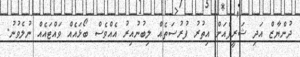
ދުންޔާޒް އަދި ޝަރީފްއަށް އިތުރު ފުރުސަތެއް ލިބުނުއިރު އެއްވެސް ބޯޅައެއް ވައްޓައެއް ނުލެވުނު.